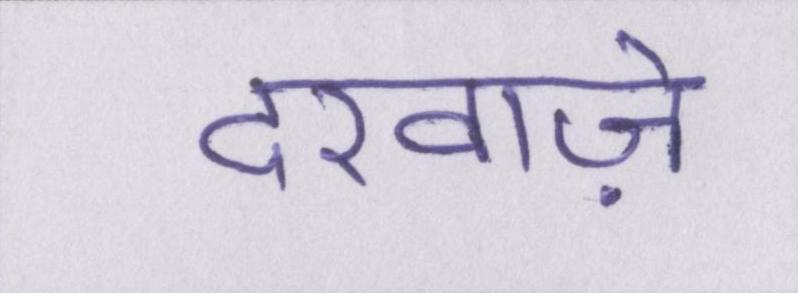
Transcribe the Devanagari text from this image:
दरवाज़े